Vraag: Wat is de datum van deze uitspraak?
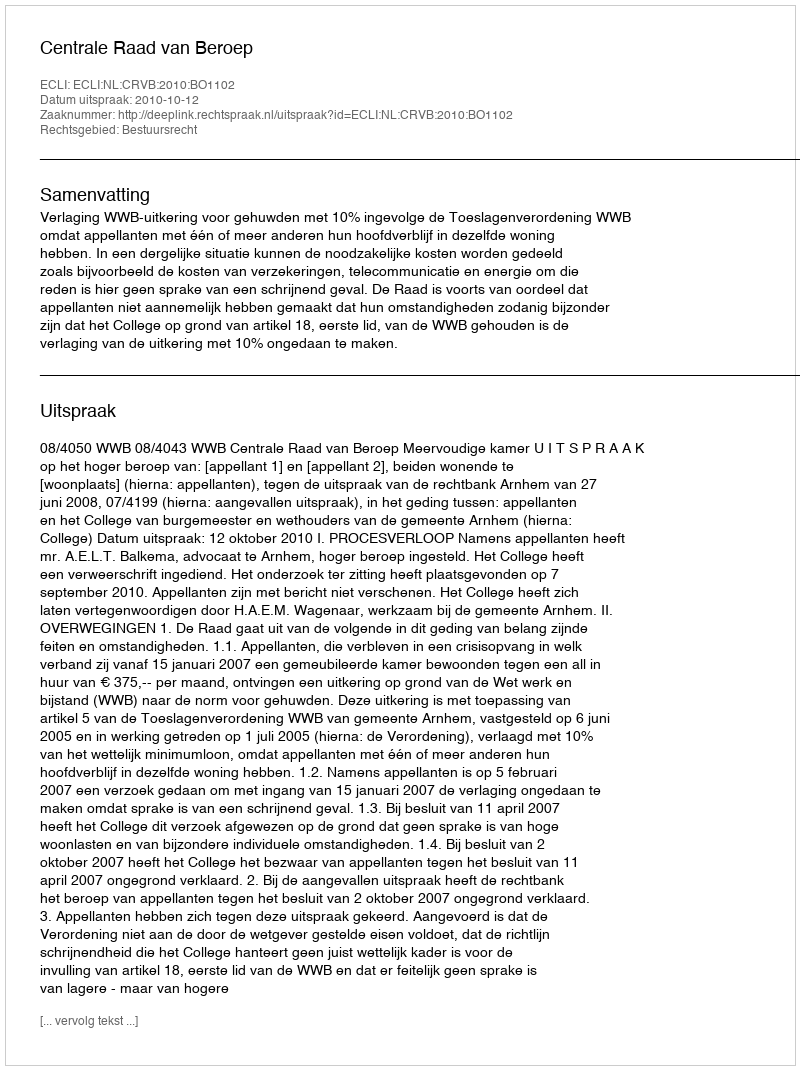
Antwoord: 2010-10-12